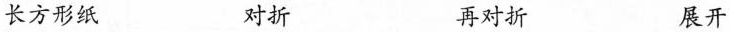
长方形纸 对折 再对折 展开